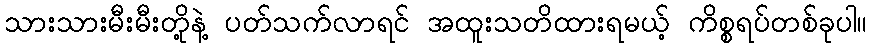
သားသားမီးမီးတို့နဲ့ ပတ်သက်လာရင် အထူးသတိထားရမယ့် ကိစ္စရပ်တစ်ခုပါ။